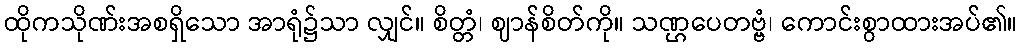
ထိုကသိုဏ်းအစရှိသော အာရုံ၌သာ လျှင်။ စိတ္တံ၊ ဈာန်စိတ်ကို။ သဏ္ဌပေတဗ္ဗံ၊ ကောင်းစွာထားအပ်၏။